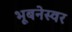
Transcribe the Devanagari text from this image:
भूबनेस्वर